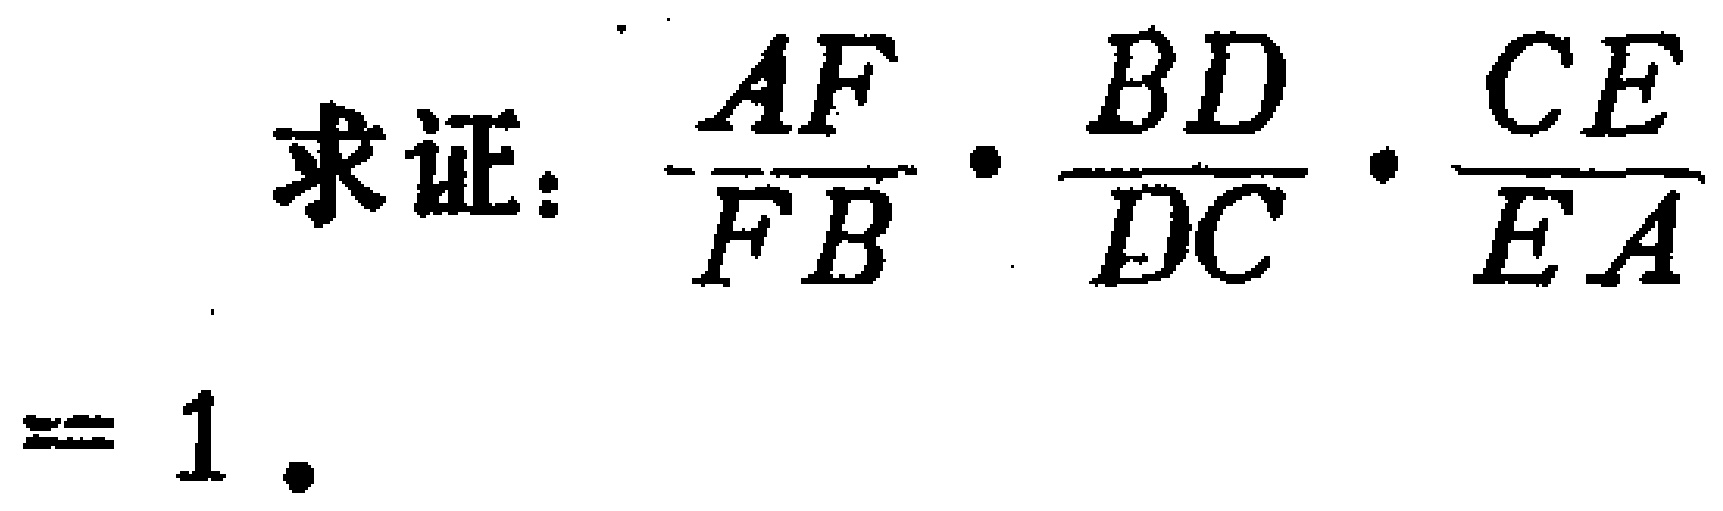
求证：\(\frac{AF}{FB}\cdot\frac{BD}{DC}\cdot\frac{CE}{EA}=1\)